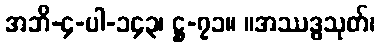
အဘိ-၄-ပါ-၁၄၃၊ ဋ္ဌ-၇၁။ ။အဿဒ္ဓသုတ်၊